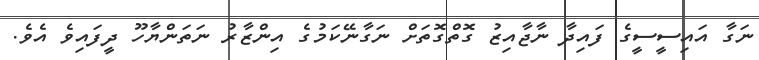
ނަގާ އައިސީސީގެ ފައިދާ ނާޖާއިޒު ގޮތްގޮތަށް ނަގާނޭކަމުގެ އިންޒާރު ނަތަންޔާހޫ ދީފައިވެ އެވެ.